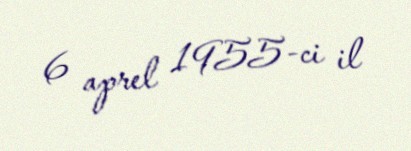
6 aprel 1955-ci il